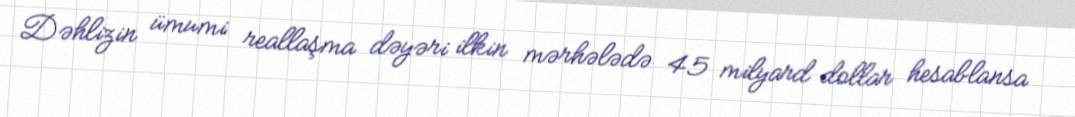
Dəhlizin ümumi reallaşma dəyəri ilkin mərhələdə 45 milyard dollar hesablansa